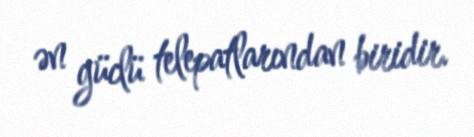
ən güclü telepatlarından biridir.